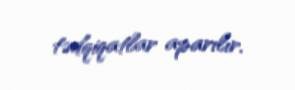
tədqiqatlar aparılır.